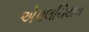
એપલચિયન